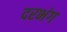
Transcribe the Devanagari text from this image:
दरभंग